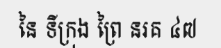
នៃ ទីក្រុង ព្រៃ នរគ ៤៧